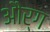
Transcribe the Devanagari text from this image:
और्ग